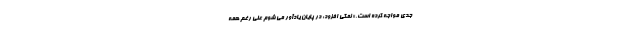
جدی مواجه کرده است.» نمکی افزود: در پایان یادآور می شوم علی رغم همه